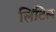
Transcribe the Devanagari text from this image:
लिंटिल